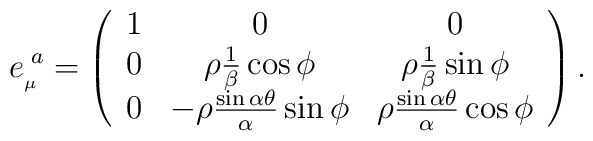
e_{_{\mu}}^{\; a}=\left(\begin{array}{ccc}1 & 0 & 0  \\0 & \rho\frac{1}{\beta}\cos\phi & \rho\frac{1}{\beta}\sin\phi   \\ 0 & -\rho\frac{\sin\alpha\theta}{\alpha}\sin\phi & \rho\frac{\sin\alpha\theta}{\alpha}\cos\phi\end{array}\right).